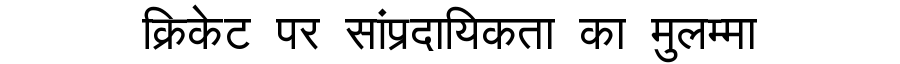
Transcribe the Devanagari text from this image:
क्रिकेट पर सांप्रदायिकता का मुलम्मा